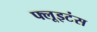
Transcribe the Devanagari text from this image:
फ्लूइटंस